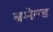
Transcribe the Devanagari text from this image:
ब्रमेल्ड